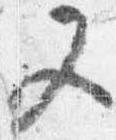
又